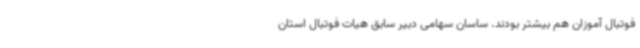
فوتبال آموزان هم بیشتر بودند. ساسان سهامی دبیر سابق هیات فوتبال استان